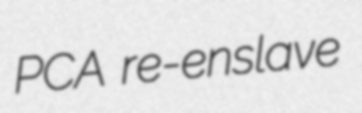
PCA re-enslave